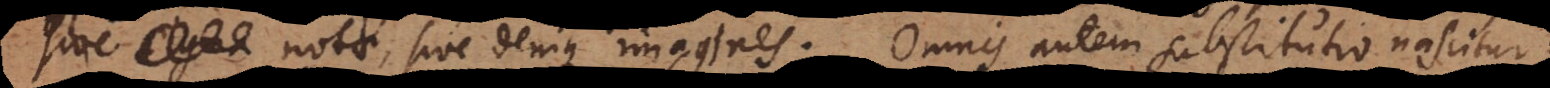
signa notae, sive denique imagines. Omnis autem substitutio nascitur